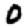
Digit: 0